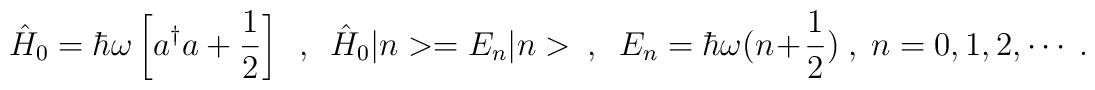
\hat{H}_0=\hbar\omega\left[a^\dagger a+\frac{1}{2}\right]\ \ ,\ \ \hat{H}_0|n>=E_n|n>\ \ ,\ \ E_n=\hbar\omega(n+\frac{1}{2})\ ,\ n=0,1,2,\cdots\ .